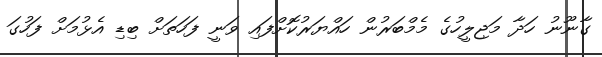
ގާނޫނު ހަދާ މަޖިލީހުގެ މެމްބަރުން ހައްޔަރުކޮށްފައި ވަނީ ފަހަތަށް ބިޑި އެޅުމަށް ފަހުގަ